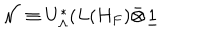
LaTeX: \mathcal { N } \equiv U _ { \Lambda } ^ { * } ( L ( H _ { F } ) \bar { \otimes } \underline { { { 1 } } }